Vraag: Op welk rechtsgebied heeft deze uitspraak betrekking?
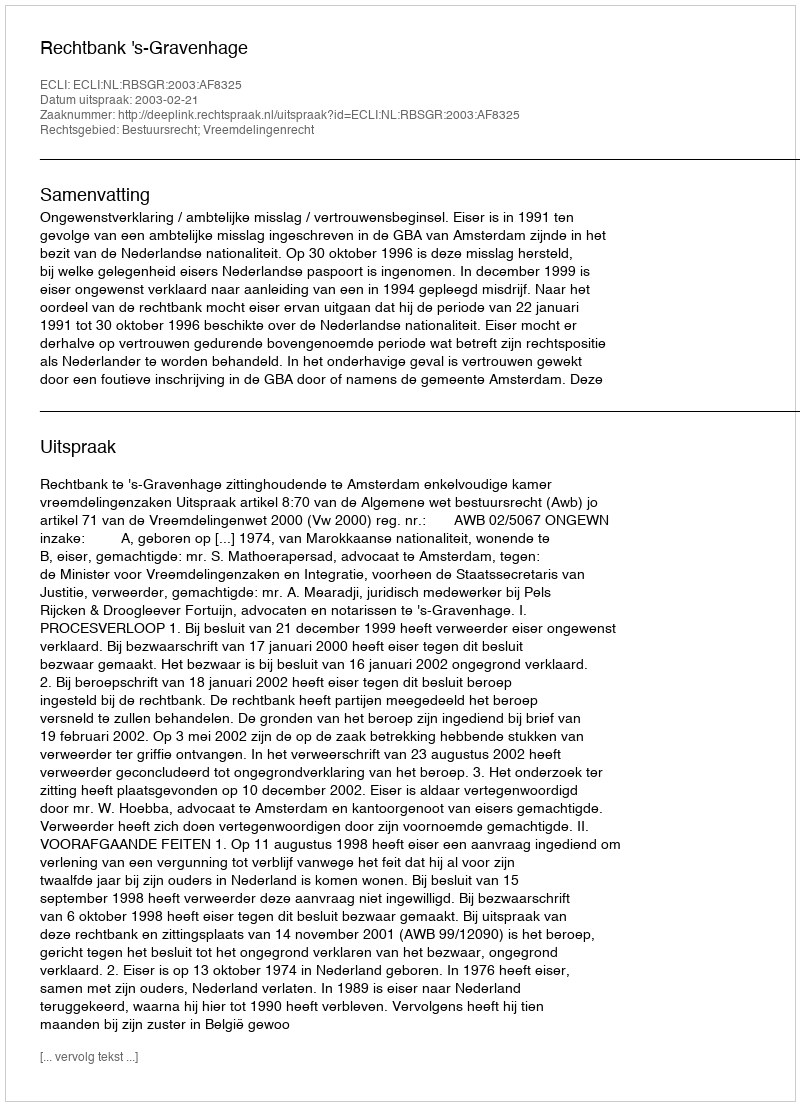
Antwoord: Bestuursrecht; Vreemdelingenrecht